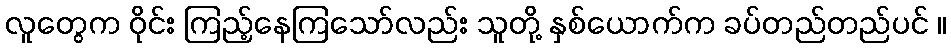
လူတွေက ဝိုင်း ကြည့်နေကြသော်လည်း သူတို့ နှစ်ယောက်က ခပ်တည်တည်ပင် ။